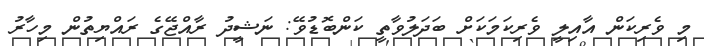
މި ވެރިކަން އާއިލީ ވެރިކަމަކަށް ބަދަލުވާތީ ކަންބޮޑުވޭ: ނަޝީދު ރާއްޖޭގެ ރައްޔިތުން މިހާރު